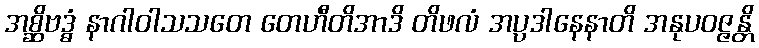
အစ္ဆိဗဒ္ဓံ နာဂါဝါသသတေ တေဟီတိအာဒိ တိဖလံ အပ္ပဒါနေနာတိ အနုပဝဇ္ဇန္တိ